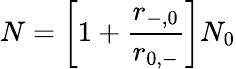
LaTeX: N=\left[1+\frac{r_{-,0}}{r_{0,-}}\right]N_{0}